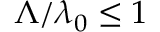
\Lambda / \lambda _ { 0 } \leq 1